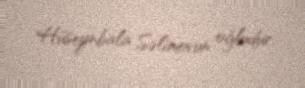
Hüseynbala Səlimovun oğludur.